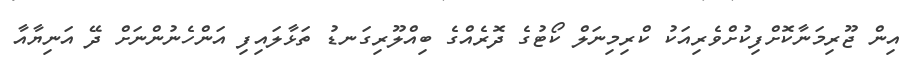
އިން ޖޫރިމަނާކޮށްފިކުށްވެރިއަކު ކްރިމިނަލް ކޯޓުގެ ދޮރެއްގެ ބިއްލޫރިގަނޑު ތަޅާލައިފި އަންހެނުންނަށް ދޭ އަނިޔާއާ